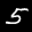
Label: 5